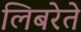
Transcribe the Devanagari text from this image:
लिबरेते